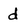
Character: d